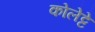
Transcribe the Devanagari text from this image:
कोलेट्टे